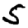
Digit: 5